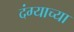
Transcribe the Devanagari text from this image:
दंग्याच्या